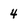
Character: 4